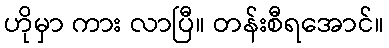
ဟိုမှာ ကား လာပြီ။ တန်းစီရအောင်။